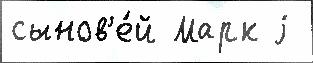
сынов'е́й Марк j